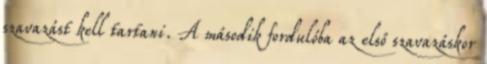
szavazást kell tartani. A második fordulóba az első szavazáskor